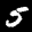
Label: 5